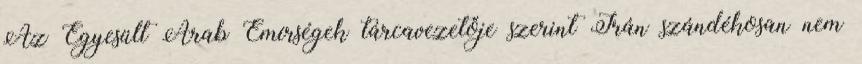
Az Egyesült Arab Emírségek tárcavezetője szerint Irán szándékosan nem